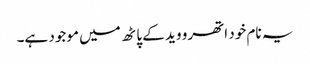
یہ نام خود اتھرو وید کے پاٹھ میں موجود ہے۔